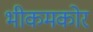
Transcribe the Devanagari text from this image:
भीकमकोर